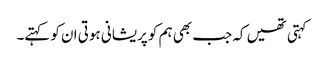
کہتی تھیں کہ جب بھی ہم کو پریشانی ہوتی ان کو کہتے۔